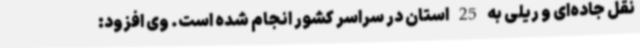
نقل جاده‌ای و ریلی به 25 استان در سراسر کشور انجام شده است. وی افزود: